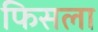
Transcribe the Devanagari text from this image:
फिसला